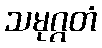
သမုဂ္ဂတံ